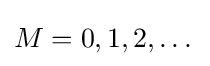
M=0,1,2,\dots